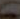
D